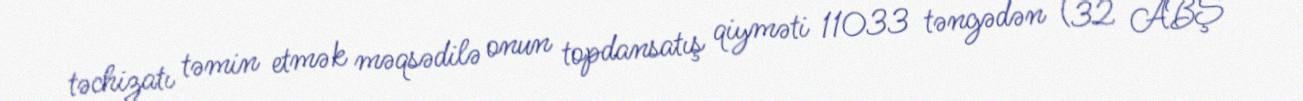
təchizatı təmin etmək məqsədilə onun topdansatış qiyməti 11033 təngədən (32 ABŞ